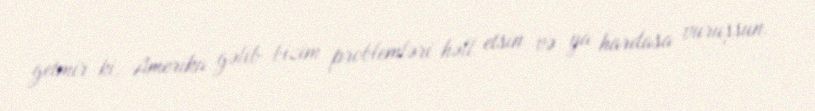
getmir ki, Amerika gəlib bizim problemləri həll etsin və ya hardasa vuruşsun.